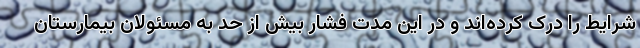
شرایط را درک کرده‌اند و در این مدت فشار بیش از حد به مسئولان بیمارستان